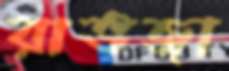
রাভজা